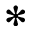
*